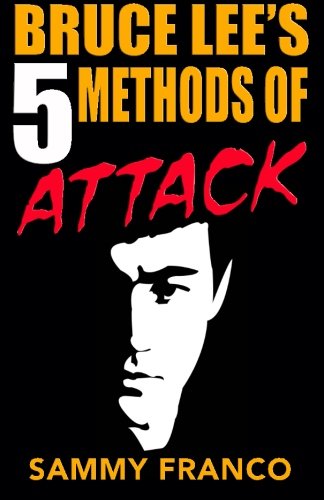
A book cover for Bruce Lee's 5 Methods of Attack; Sammy Franco; Sports & Outdoors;